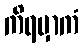
ကိရမှာကံ